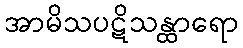
အာမိသပဋိသန္ထာရော